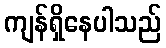
ကျန်ရှိနေပါသည်